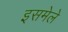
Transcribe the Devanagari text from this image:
इसमेले